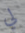
لي